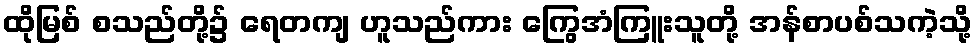
ထိုမြစ် စသည်တို့၌ ရေတကျ ဟူသည်ကား ကြွေအံကြူးသူတို့ အန်စာပစ်သကဲ့သို့